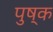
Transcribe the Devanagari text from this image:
पुष्क